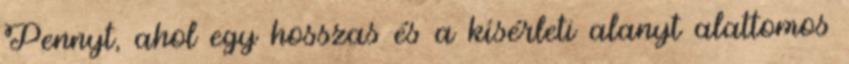
Pennyt, ahol egy hosszas és a kísérleti alanyt alattomos